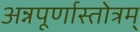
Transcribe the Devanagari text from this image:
अन्नपूर्णास्तोत्रम्